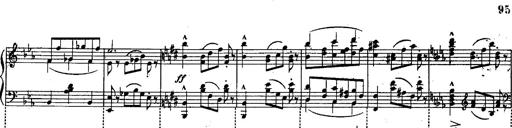
Title: Schubert's Impromptus [revised and edited by Franz Liszt]
Composer: Franz Liszt